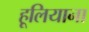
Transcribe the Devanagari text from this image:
हूलियाना